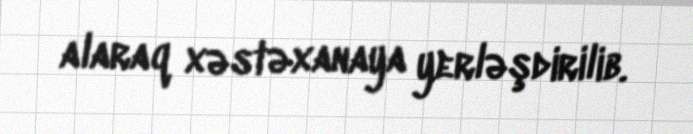
alaraq xəstəxanaya yerləşdirilib.